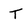
Character: T